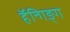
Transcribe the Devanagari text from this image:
हॅन्गिङ्ग